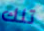
تلك